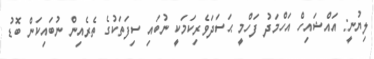
ލިޔުނީ: އައްޝައިހް އަހްމަދު ފަހްމީ ޙަސަދަވެރިކަމަކީ ނުބައި ސިފަތަކުގެ ތެރެއިން ނުބައިކަން ބޮޑު